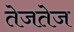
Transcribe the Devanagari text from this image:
तेजतेज